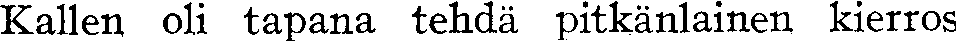
Kallen oli tapana tehdä pitkänlainen kierros